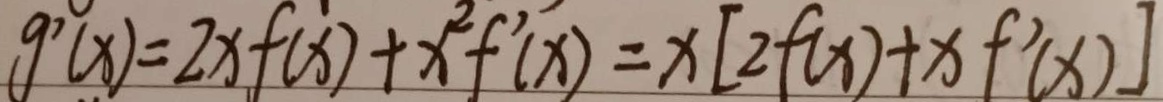
g ^ { \prime } ( x ) = 2 x f ( x ) + x ^ { 2 } f ^ { \prime } ( x ) = x [ 2 f ( x ) + x f ^ { \prime } ( x ) ]